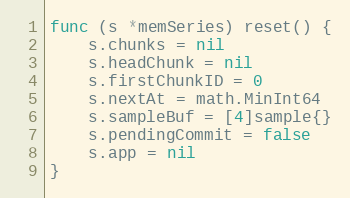
Language: Go
func (s *memSeries) reset() {
	s.chunks = nil
	s.headChunk = nil
	s.firstChunkID = 0
	s.nextAt = math.MinInt64
	s.sampleBuf = [4]sample{}
	s.pendingCommit = false
	s.app = nil
}